65_HS1-834228961_62-HQ-83894_Section_5
Agency: FBI
Page 90
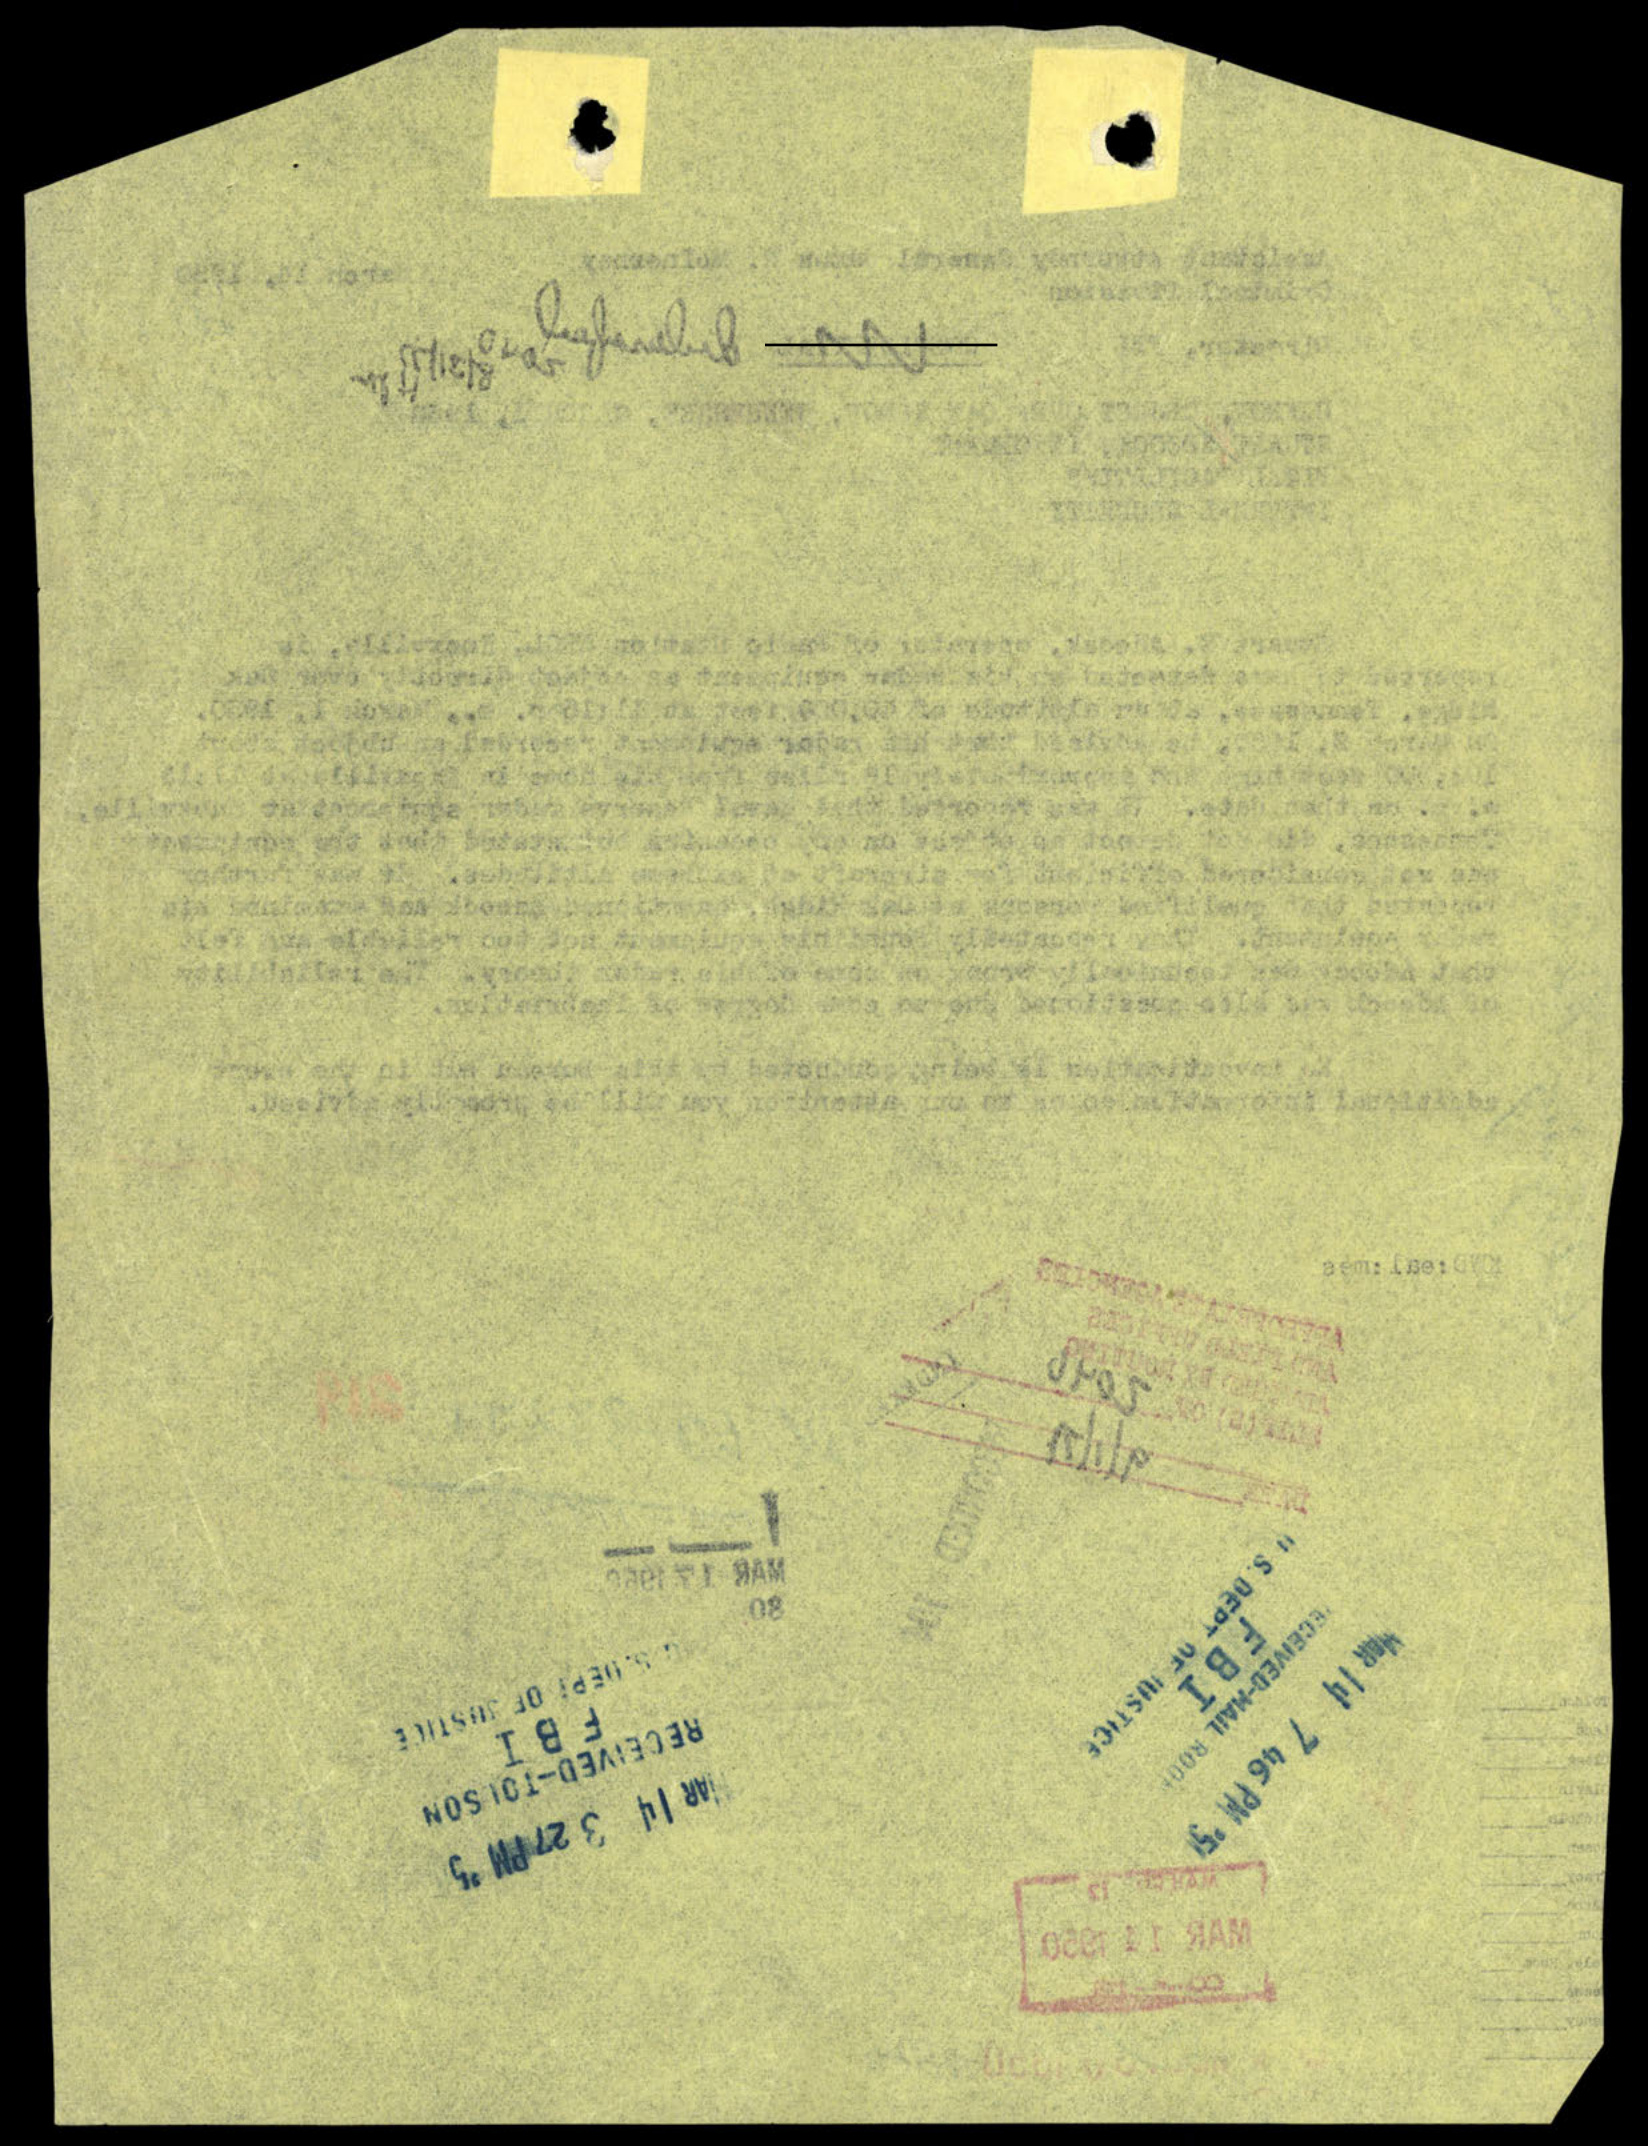